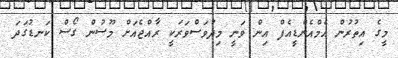
މީގެ އިތުރުން އެމްއެންޑީއެފް އިން ވަނީ މިދުވަސްވަރަކީ ރާއްޖެއަށް މޫސުން ގޯސް ކަނޑުގަދަ